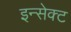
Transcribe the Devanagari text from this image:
इन्सेक्ट